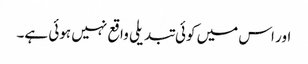
اور اس میں کوئی تبدیلی واقع نہیں ہوئی ہے۔